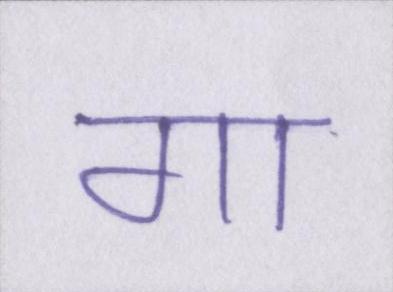
गा